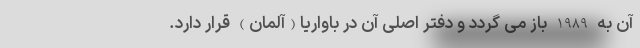
آن به 1989 باز می گردد و دفتر اصلی آن در باواریا(آلمان) قرار دارد.